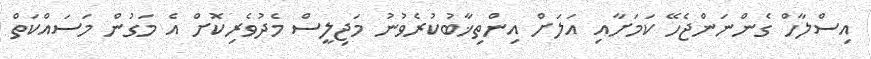
އިސްލާހް ގެންނަންޖެހޭ ކަމަށާއި އަލަށް އިންތިޚާބުކުރެވުނު މަޖިލީސް މެދުވެރިކޮށް އެ މަގުން މަސައްކަތް